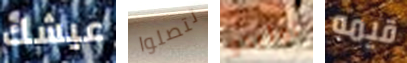
عيشك تتصلوا توليدو قيمه